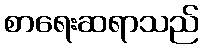
စာရေးဆရာသည်